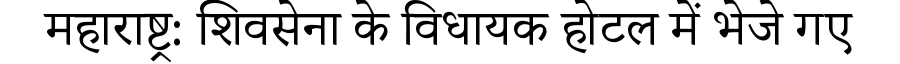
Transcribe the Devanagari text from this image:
महाराष्ट्र: शिवसेना के विधायक होटल में भेजे गए